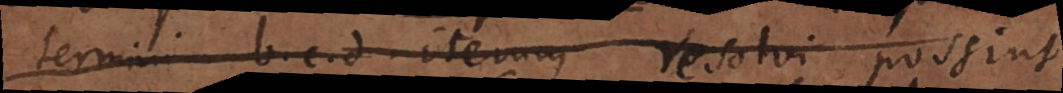
termini b. c. d iterum resolvi possint